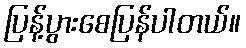
ပြန့်ပွားစေပြန်ပါတယ်။